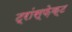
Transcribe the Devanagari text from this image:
ट्रांस्फ़ेक्ट